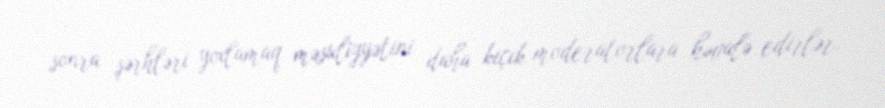
sonra şərhləri yoxlamaq məsuliyyətini daha kiçik moderatorlara həvalə edirlər.